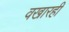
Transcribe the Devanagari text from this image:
वखारही